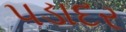
પડાદર